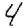
Digit: 4